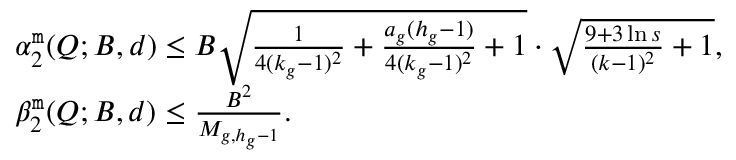
\begin{array} { r l } & { \alpha _ { 2 } ^ { \tt m } ( Q ; B , d ) \leq B \sqrt { \frac { 1 } { 4 ( k _ { g } - 1 ) ^ { 2 } } + { \frac { a _ { g } ( h _ { g } - 1 ) } { 4 ( k _ { g } - 1 ) ^ { 2 } } } + 1 } \cdot \sqrt { \frac { 9 + 3 \ln s } { ( k - 1 ) ^ { 2 } } + 1 } , } \\ & { \beta _ { 2 } ^ { \tt m } ( Q ; B , d ) \leq \frac { B ^ { 2 } } { M _ { g , h _ { g } - 1 } } . } \end{array}